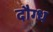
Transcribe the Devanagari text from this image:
दौग्ध